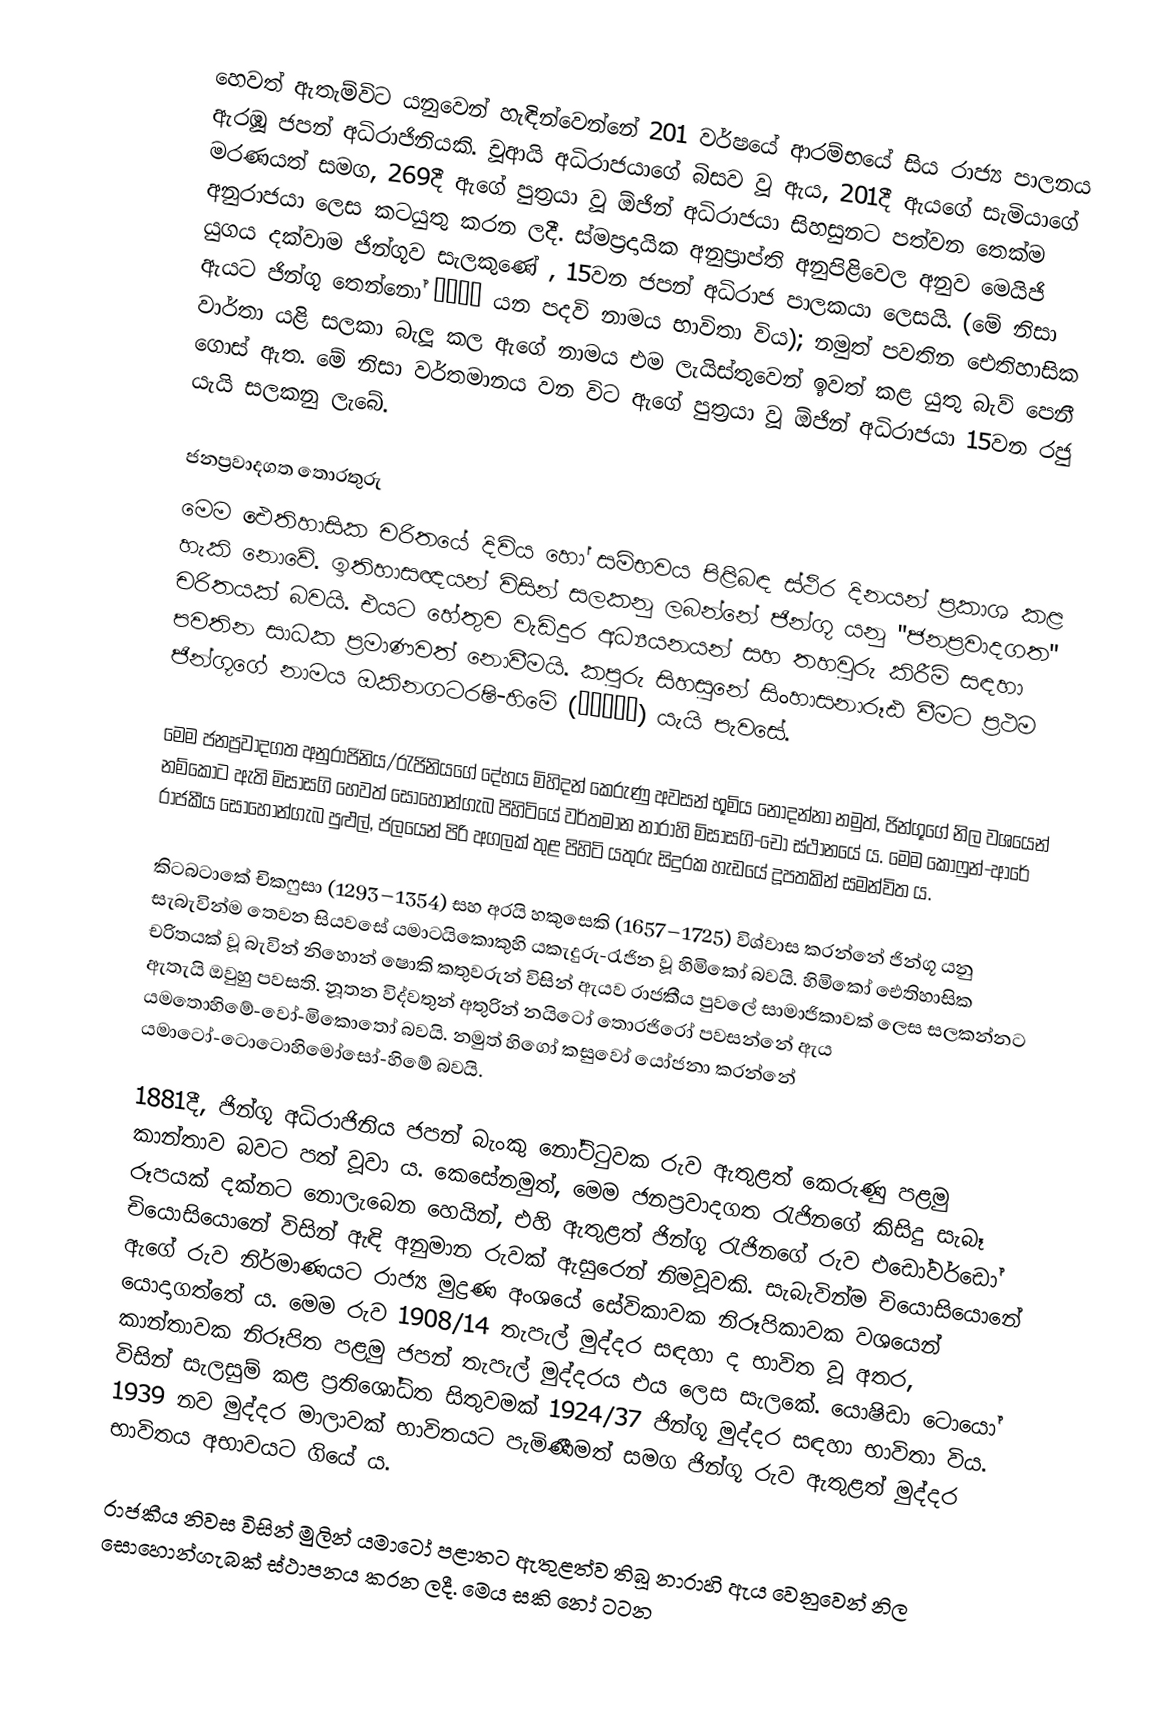
හෙවත් ඇතැම්විට  යනුවෙන් හැඳින්වෙන්නේ 201 වර්ෂයේ ආරම්භයේ සිය රාජ්‍ය පාලනය ඇරඹූ ජපන් අධිරාජිනියකි. චූආයි අධිරාජයාගේ බිසව වූ ඇය, 201දී ඇයගේ සැමියාගේ මරණයත් සමග, 269දී ඇගේ පුත්‍රයා වූ ඕජින් අධිරාජයා සිහසුනට පත්වන තෙක්ම අනුරාජයා ලෙස කටයුතු කරන ලදී.  ස්මප්‍රදායික අනුප්‍රාප්ති අනුපිළිවෙල අනුව මෙයිජි යුගය දක්වාම ජින්ගූව සැලකුණේ , 15වන ජපන් අධිරාජ පාලකයා ලෙසයි. (මේ නිසා ඇයට ජින්ගූ තෙන්නෝ 神功天皇 යන පදවි නාමය භාවිතා විය); නමුත් පවතින ඓතිහාසික වාර්තා යළි සලකා බැලූ කල ඇගේ නාමය එම ලැයිස්තුවෙන් ඉවත් කළ යුතු බැව් පෙනී ගොස් ඇත. මේ නිසා වර්තමානය වන විට ඇගේ පුත්‍රයා වූ ඕජින් අධිරාජයා 15වන රජු යැයි සලකනු ලැබේ.

ජනප්‍රවාදගත තොරතුරු
මෙම ඓතිහාසික චරිතයේ දිවිය හෝ සම්භවය පිළිබඳ ස්ථිර දිනයන් ප්‍රකාශ කළ හැකි නොවේ. ඉතිහාසඥයන් විසින් සලකනු ලබන්නේ ජින්ගූ යනු "ජනප්‍රවාදගත" චරිතයක් බවයි. එයට හේතුව වැඩිදුර අධ්‍යයනයන් සහ තහවුරු කිරීම් සඳහා පවතින සාධක ප්‍රමාණවත් නොවීමයි. කපුරු සිහසුනේ සිංහාසනාරූඪ වීමට ප්‍රථම ජින්ගූගේ නාමය ඔකිනගටරෂි-හිමේ (息長帯比売) යැයි පැවසේ.

මෙම ජනප්‍රවාදගත අනුරාජිනිය/රැජිනියගේ දේහය මිහිදන් කෙරුණු අවසන් භූමිය නොදන්නා නමුත්, ජින්ගූගේ නිල වශයෙන් නම්කොට ඇති මිසාසගි හෙවත් සොහොන්ගැබ පිහිටියේ වර්තමාන නාරාහි මිසාසගි-චෝ ස්ථානයේ ය. මෙම කොෆුන්-ආරේ රාජකීය සොහොන්ගැබ පුළුල්, ජලයෙන් පිරි අගලක් තුළ පිහිටි යතුරු සිදුරක හැඩයේ දූපතකින් සමන්විත ය.

කිටබටාකේ චිකෆුසා (1293–1354) සහ අරයි හකුසෙකි (1657–1725) විශ්වාස කරන්නේ ජින්ගූ යනු සැබැවින්ම තෙවන සියවසේ යමාටයිකොකුහි යකැදුරු-රැජින වූ හිමිකෝ බවයි. හිමිකෝ ඓතිහාසික චරිතයක් වූ බැවින් නිහොන් ෂොකි කතුවරුන් විසින් ඇයව රාජකීය පුවලේ සාමාජිකාවක් ලෙස සලකන්නට ඇතැයි ඔවුහු පවසති. නූතන විද්වතුන් අතුරින් නයිටෝ තොරජිරෝ පවසන්නේ ඇය යමතොහිමේ-වෝ-මිකොතෝ බවයි. නමුත් හිගෝ කසුවෝ යෝජනා කරන්නේ යමාටෝ-ටොටොහිමෝසෝ-හිමේ බවයි.

1881දී, ජින්ගූ අධිරාජිනිය ‍ජපන් බැංකු නෝට්ටුවක රුව ඇතුළත් කෙරුණු පළමු කාන්තාව බවට පත් වූවා ය. කෙසේනමුත්, මෙම ජනප්‍රවාදගත රැජිනගේ කිසිදු සැබෑ රූපයක් දක්නට නොලැබෙන හෙයින්, එහි ඇතුළත් ජින්ගූ රැජිනගේ රුව එඩෝවර්ඩෝ චියොසියොනේ විසින් ඇඳි අනුමාන රුවක් ඇසුරෙන් නිමවූවකි. සැබැවින්ම චියොසියොනේ ඇගේ රුව නිර්මාණයට රාජ්‍ය මුද්‍රණ අංශයේ සේවිකාවක නිරූපිකාවක වශයෙන් යොදාගත්තේ ය. මෙම රුව 1908/14 තැපැල් මුද්දර සඳහා ද භාවිත වූ අතර, කාන්තාවක නිරූපිත පළමු ජපන් තැපැල් මුද්දරය එය ලෙස සැලකේ. යොෂිඩා ටොයෝ විසින් සැලසුම් කළ ප්‍රතිශෝධිත සිතුවමක් 1924/37 ජින්ගූ මුද්දර සඳහා භාවිතා විය. 1939 නව මුද්දර මාලාවක් භාවිතයට පැමිණීමත් සමග ජින්ගූ රුව ඇතුළත් මුද්දර භාවිතය අභාවයට ගියේ ය.

රාජකීය නිවස විසින් මුලින් යමාටෝ පළාතට ඇතුළත්ව තිබූ නාරාහි ඇය වෙනුවෙන් නිල සොහොන්ගැබක් ස්ථාපනය කරන ලදී. මෙය සකි නෝ ටටන